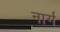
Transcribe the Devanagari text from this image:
नार्ग